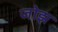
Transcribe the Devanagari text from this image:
जोझ